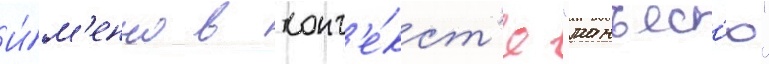
И́м'енно в конт'е́кст'е "манъес'ю"